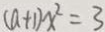
( a + 1 ) x ^ { 2 } = 3